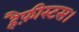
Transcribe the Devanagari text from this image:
हैफ़ीस्टस।